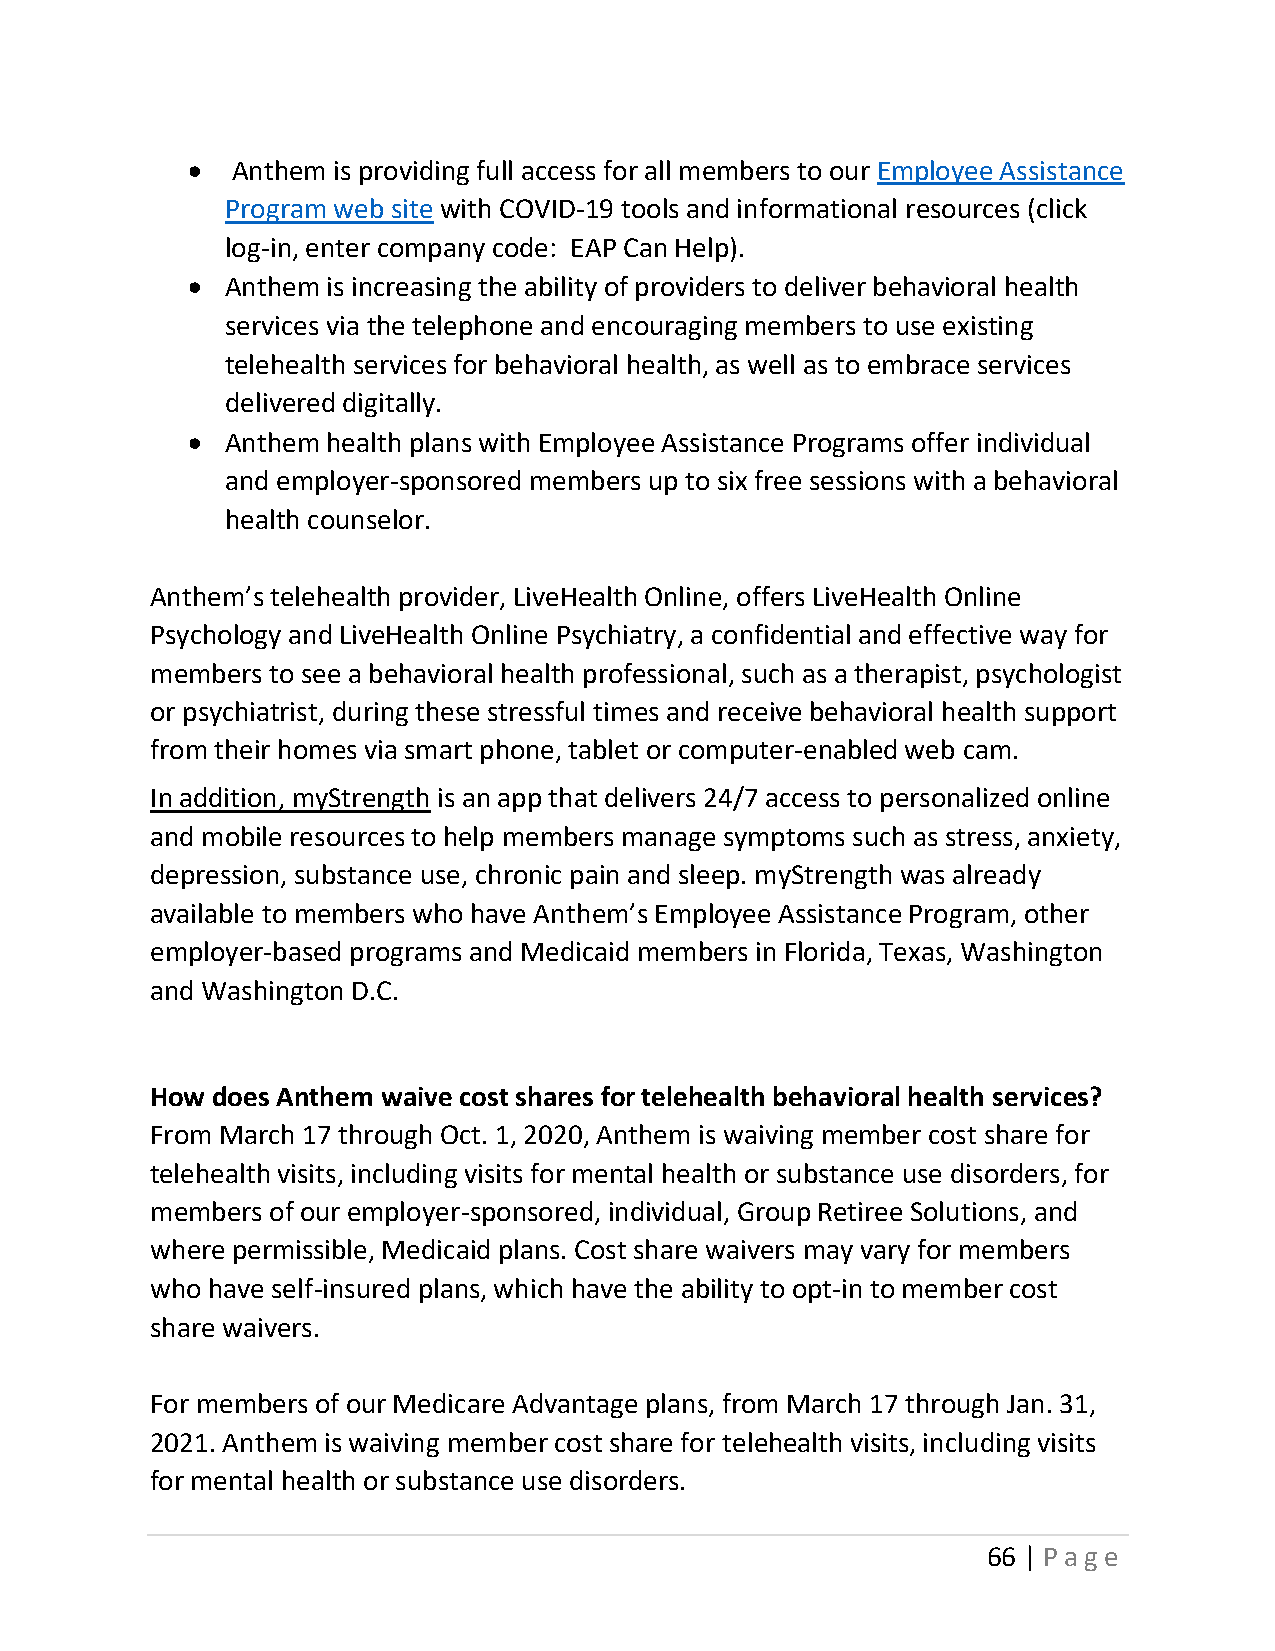
•  Anthem is providing full access for all members to our Employee Assistance
 Program web site with COVID-19 tools and informational resources (click
 log-in, enter company code: EAP Can Help).
 •  Anthem is increasing the ability of providers to deliver behavioral health
 services via the telephone and encouraging members to use existing
 telehealth services for behavioral health, as well as to embrace services
 delivered digitally.
 •  Anthem health plans with Employee Assistance Programs offer individual
 and employer-sponsored members up to six free sessions with a behavioral
 health counselor.
 Anthem’s telehealth provider, LiveHealth Online, offers LiveHealth Online
 Psychology and LiveHealth Online Psychiatry, a confidential and effective way for
 members to see a behavioral health professional, such as a therapist, psychologist
 or psychiatrist, during these stressful times and receive behavioral health support
 from their homes via smart phone, tablet or computer-enabled web cam.
 In addition, myStrength is an app that delivers 24/7 access to personalized online
 and mobile resources to help members manage symptoms such as stress, anxiety,
 depression, substance use, chronic pain and sleep. myStrength was already
 available to members who have Anthem’s Employee Assistance Program, other
 employer-based programs and Medicaid members in Florida, Texas, Washington
 and Washington D.C.
 How does Anthem waive cost shares for telehealth behavioral health services?
 From March 17 through Oct. 1, 2020, Anthem is waiving member cost share for
 telehealth visits, including visits for mental health or substance use disorders, for
 members of our employer-sponsored, individual, Group Retiree Solutions, and
 where permissible, Medicaid plans. Cost share waivers may vary for members
 who have self-insured plans, which have the ability to opt-in to member cost
 share waivers.
 For members of our Medicare Advantage plans, from March 17 through Jan. 31,
 2021. Anthem is waiving member cost share for telehealth visits, including visits
 for mental health or substance use disorders.
 66 | Page